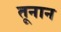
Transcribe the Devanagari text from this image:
तूनान